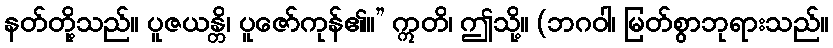
နတ်တို့သည်။ ပူဇယန္တိ၊ ပူဇော်ကုန်၏။” ဣတိ၊ ဤသို့။ (ဘဂဝါ၊ မြတ်စွာဘုရားသည်။